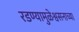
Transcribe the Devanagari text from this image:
रडण्यामुळेश्वसनाच्या